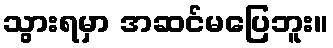
သွားရမှာ အဆင်မပြေဘူး။